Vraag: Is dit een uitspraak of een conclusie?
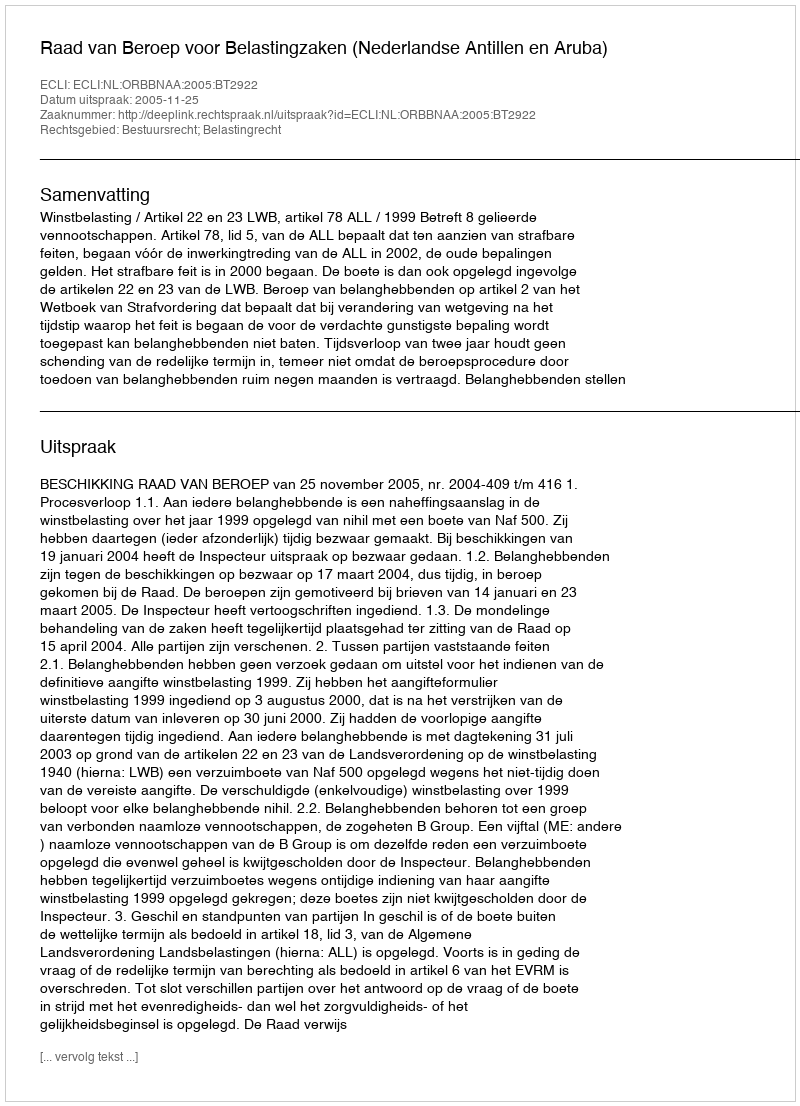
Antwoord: Uitspraak